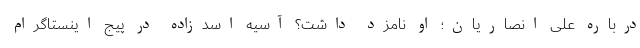
درباره علی انصاریان؛ او نامزد داشت؟ آسیه اسدزاده در پیج اینستاگرام